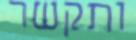
ותקשר